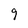
Character: 9